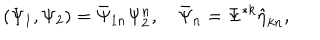
( \Psi _ { 1 } , \Psi _ { 2 } ) = \bar { \Psi } _ { 1 n } \Psi _ { 2 } ^ { n } , \quad \bar { \Psi } _ { n } = \Psi ^ { * k } \hat { \eta } _ { k n } ,